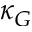
\kappa _ { G }